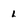
Character: l